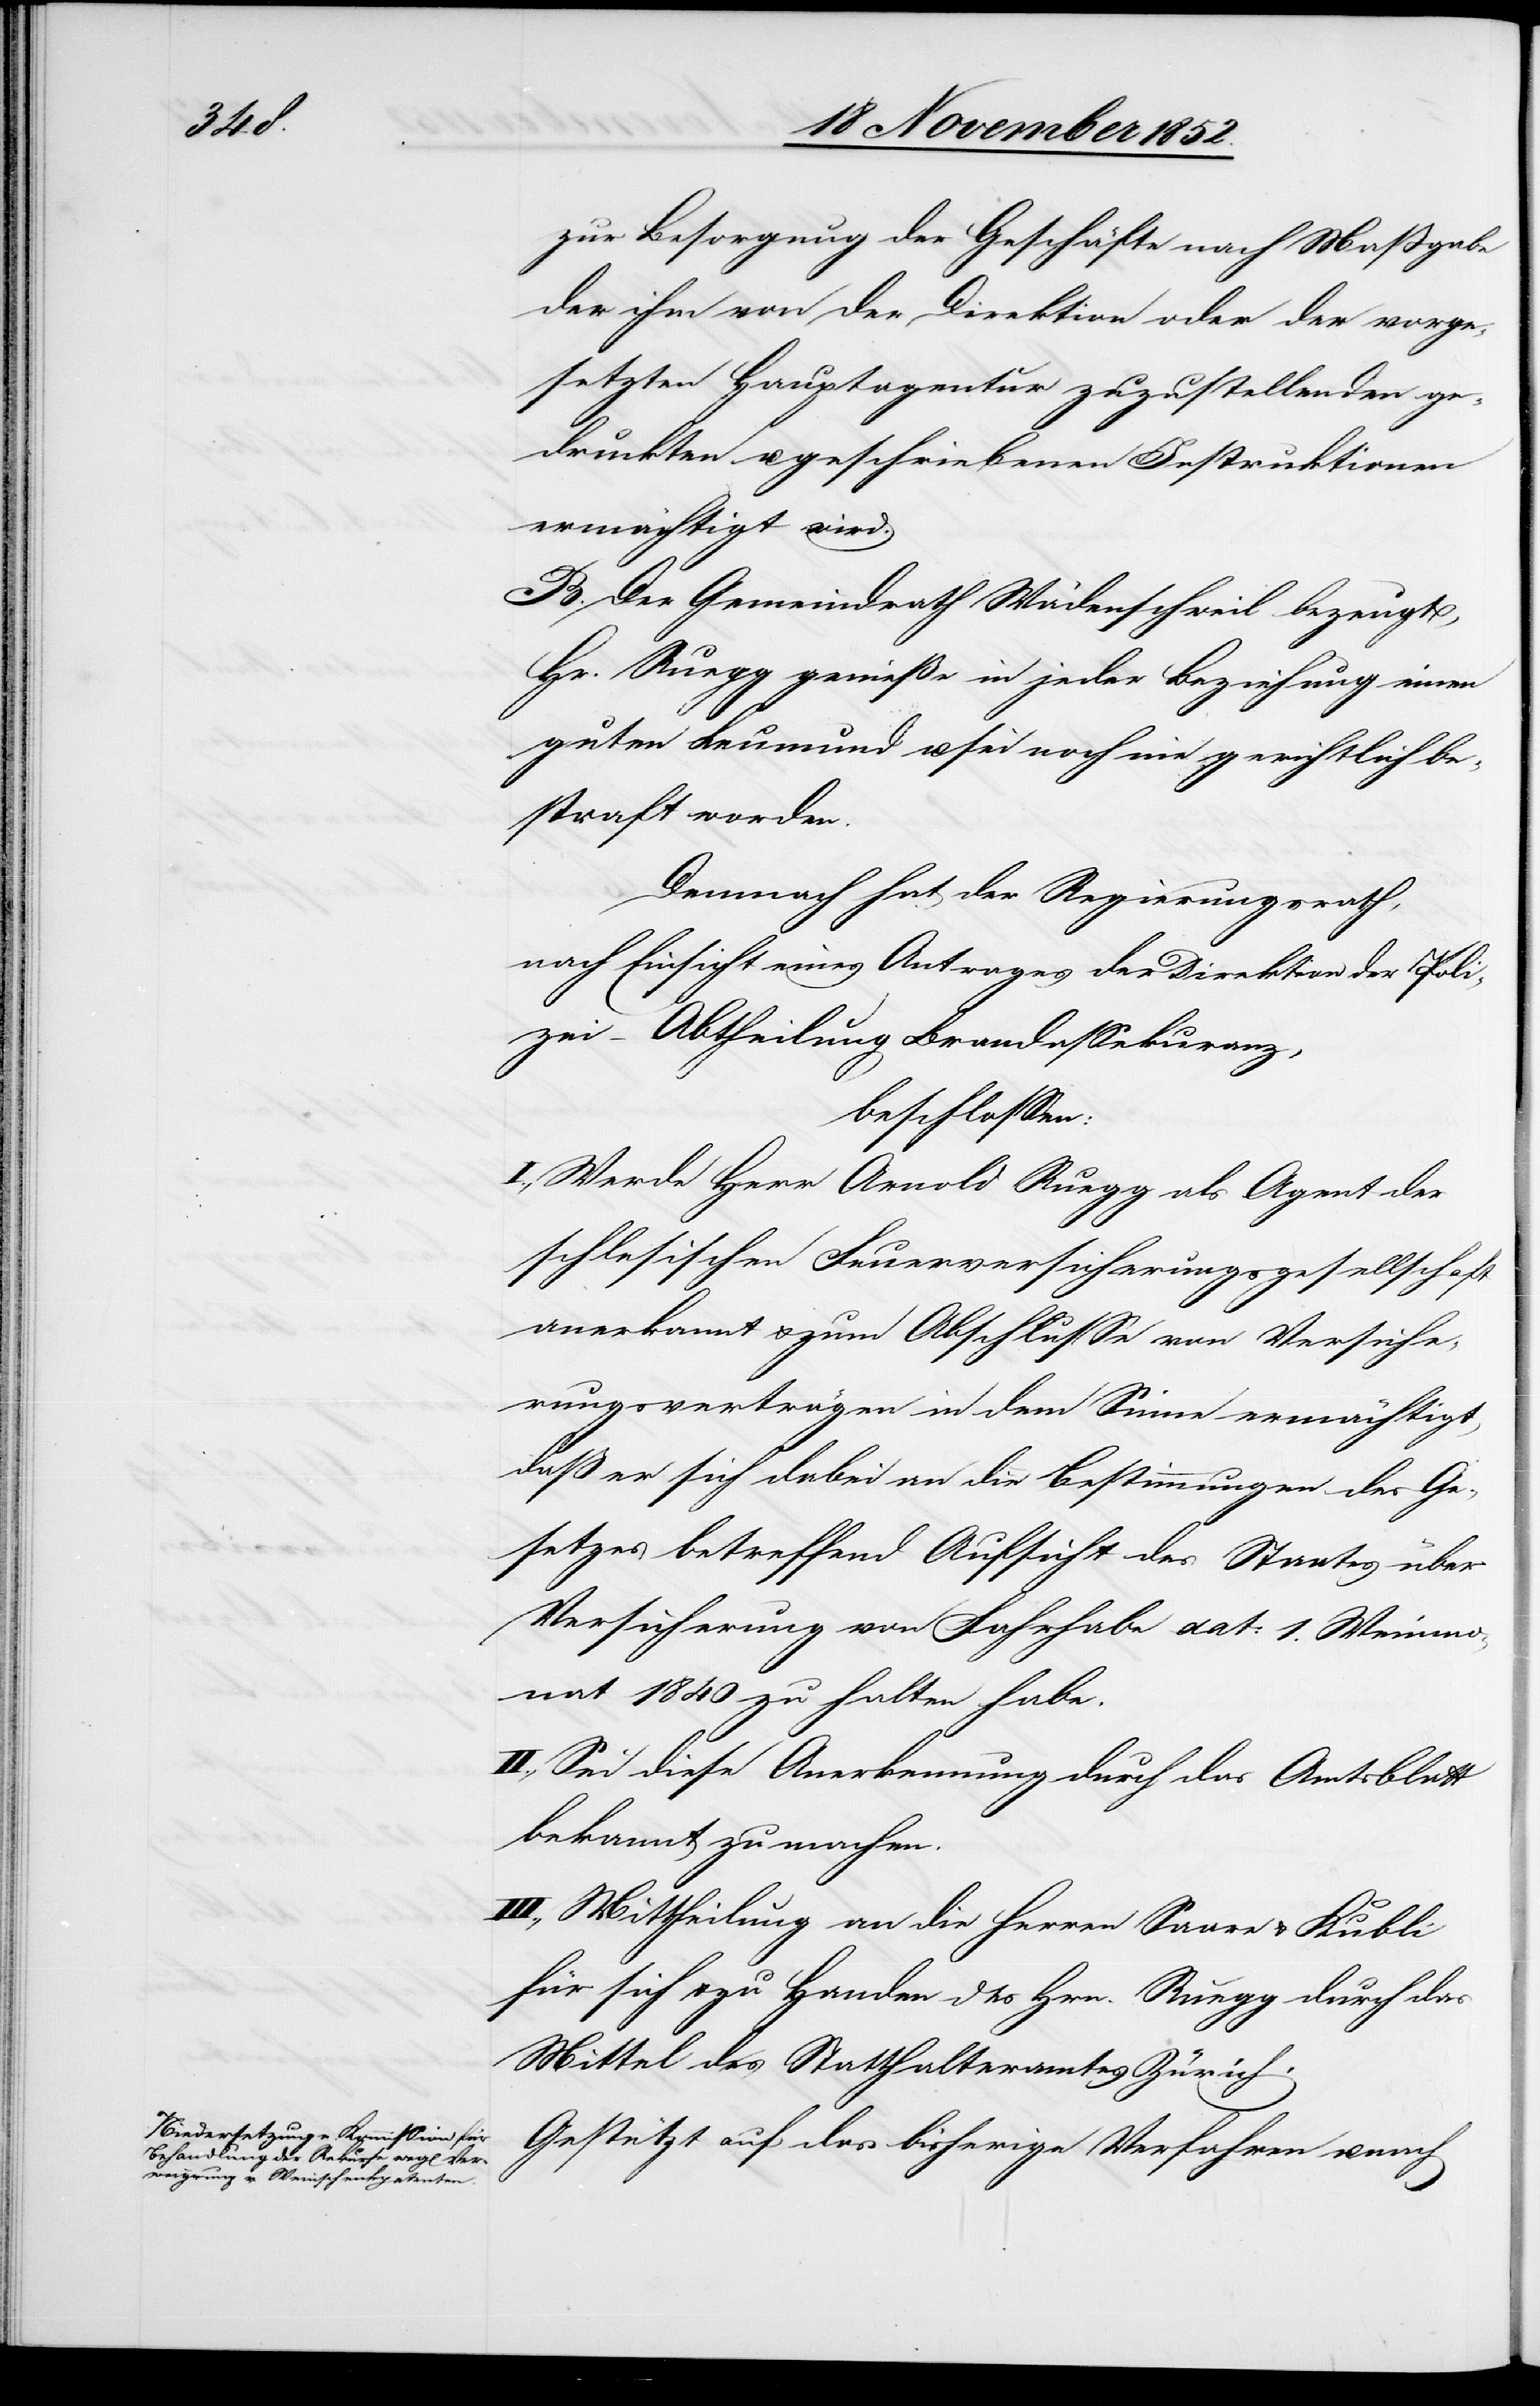
zur Besorgung der Geschäfte nach Maßgabe
der ihm von der Direktion oder der vorge¬
setzten Hauptagentur zuzustellenden ge¬
druckten u. geschriebenen Instruktionen
ermächtigt wird.
B. Der Gemeindrath Wädenschweil bezeugt,
Hr. Ruegg genieße in jeder Beziehung einen
guten Leumund u. sei noch nie gerichtlich be¬
straft worden.
Demnach hat der Regierungsrath,
nach Einsicht eines Antrages der Direktion der Poli¬
zei – Abtheilung Brandassekuranz,
beschlossen:
I., Werde Herr Arnold Ruegg als Agent der
schlesischen Feuerversicherungsgesellschaft
anerkannt & zum Abschlusse von Versiche¬
rungsverträgen in dem Sinne ermächtigt,
daß er sich dabei an die Bestimmungen des Ge¬
setzes betreffend Aufsicht des Staates über
Versicherung von Fahrhabe dat: 1. Weinmo¬
nat 1840 zu halten habe.
II., Sei diese Anerkennung durch das Amtsblatt
bekannt zu machen.
III., Mittheilung an die Herren Saare & Kubli
für sich & zu Handen des Hrn. Ruegg durch das
Mittel des Statthalteramtes Zürich.
Gestützt auf das bisherige Verfahren u. nach